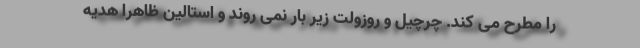
را مطرح می کند. چرچیل و روزولت زیر بار نمی روند و استالین ظاهرا هدیه